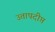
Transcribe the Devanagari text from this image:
उत्तापदीप्त